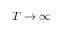
T \rightarrow \infty